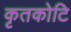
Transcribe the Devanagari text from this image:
कृतकोटि